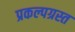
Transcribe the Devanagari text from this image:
प्रकल्पग्रस्त